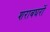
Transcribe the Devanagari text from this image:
शराबघरों